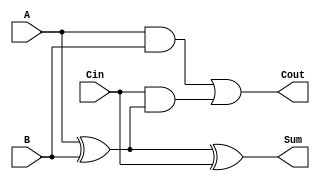
module FullAdder (
    input A,
    input B,
    input Cin,
    output Sum,
    output Cout
);
    assign Sum = A ^ B ^ Cin;  // Sum = A XOR B XOR Cin
    assign Cout = (A & B) | (Cin & (A ^ B)); // Carry = (A AND B) OR (Cin AND (A XOR B))
endmodule